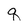
Character: q